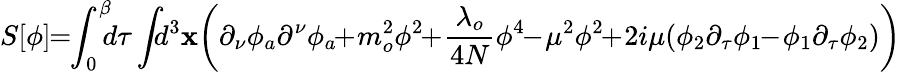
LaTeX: S[\phi]\! \! =\! \! \int_{0}^{\beta}\! \! \! d\tau\int\! \! \! d^{3}\mathbf{x}\! \left(\partial_{\nu}\phi_{a}\partial^{\nu}\phi_{a}\! \! +\! m_{o}^{2}\phi^{2}\! \! +\! \frac{{\lambda_{o}}}{{4N}}\phi^{4}\! \! -\! \mu^{2}\phi^{2}\! \! +\! 2i\mu(\phi_{2}\partial_{\tau}\phi_{1}\! \! -\! \phi_{1}\partial_{\tau}\phi_{2})\right)